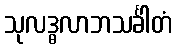
သုလဒ္ဓလာဘသင်္ခါတံ